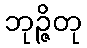
ဘုဉ္ဇိတု